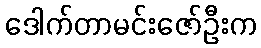
ဒေါက်တာမင်းဇော်ဦးက